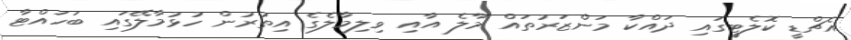
އެޗްޑީ ކޮލެޓީގައި ދައްކާ މަންޒަރުތައް މާލެ އާއި ވިލިމާލެގެ އިތުރުން ހުޅުމާލޭގައި ބަހައްޓާ